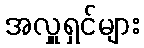
အလှူရှင်များ